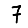
Digit: 7